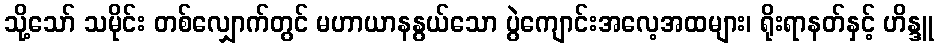
သို့သော် သမိုင်း တစ်လျှောက်တွင် မဟာယာနနွယ်သော ပွဲကျောင်းအလေ့အထများ၊ ရိုးရာနတ်နှင့် ဟိန္ဒူ